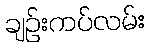
ချဉ်းကပ်လမ်း